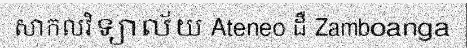
សាកលវិទ្យាល័យ Ateneo ដឺ Zamboanga